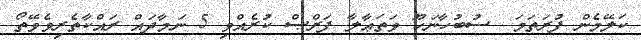
ކަލޭމެން ފުރަތަމަ  ސުބުހާނަހޫ ވަތަޢާލާ ފަރްޞް ކުރެއްވި 5 ނަމާދައް ރައްކާތެރިވެވޭތޯ